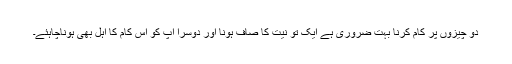
دو چیزوں پر کام کرنا بہت ضروری ہے ایک تو نیت کا صاف ہونا اور دوسرا آپ کو اس کام کا اہل بھی ہوناچاہئے۔